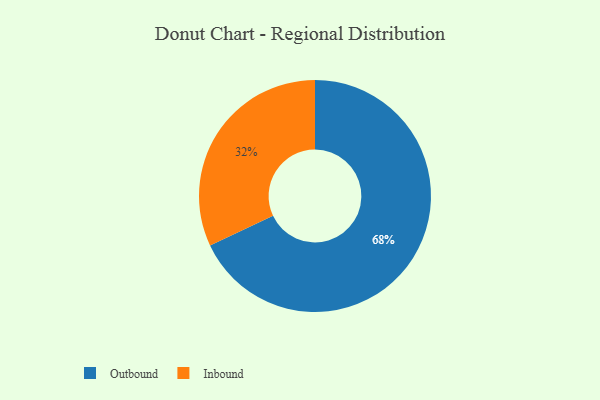
{"axis": {"x": "Category", "y": "Percentage"}, "legend": ["Inbound", "Outbound"], "data": [{"x": "Outbound", "y": 68, "type": "Outbound"}, {"x": "Inbound", "y": 32, "type": "Inbound"}]}